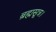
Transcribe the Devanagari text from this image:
ब्रह्मसूत्र।